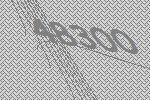
48300